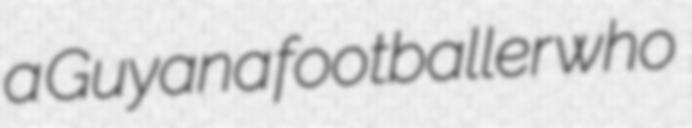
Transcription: a Guyana footballer who